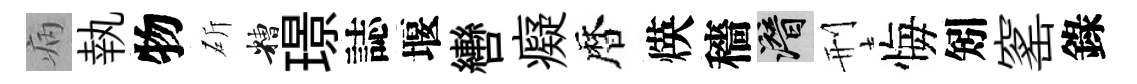
病執物斫糟璟誌堰轡癡暦煐穡潜刑悔矧窰錄